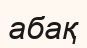
абақ